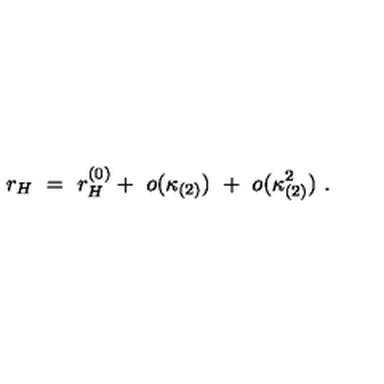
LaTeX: r _ { H } \ = \ r _ { H } ^ { ( 0 ) } + \ o ( \kappa _ { ( 2 ) } ) \ + \ o ( \kappa _ { ( 2 ) } ^ { 2 } ) \ .